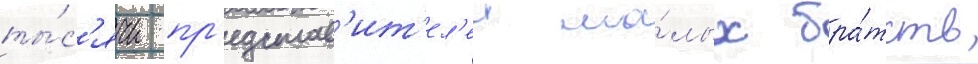
ты́с'ячи пр'едстав'ит'ел'еи ма́лых бра́тств